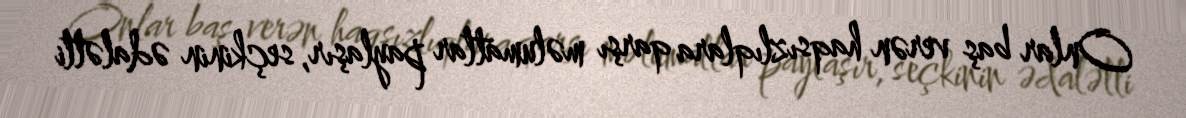
Onlar baş verən haqsızlıqlara qarşı məlumatlar paylaşır, seçkinin ədalətli